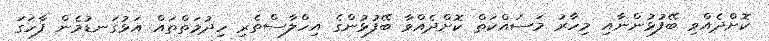
ކޮށްދެއްވި ބޭފުޅުންނާއި މިހާރު މަސައްކަތް ކޮށްދެއްވާ ބޭފުޅުންގެ އިހްލާސްތެރި ހިދުމަތްތައް އަޅުގަނޑުމެން ފާހަގަ